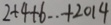
2 + 4 + 6 \cdot + 2 0 1 4